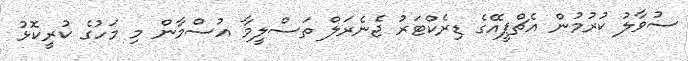
ސުވާލު ކުރުމުން އެޗްޕީއޭގެ ޑިރެކްޓަރު ޖެނެރަލް ތަސްލީމާ އުސްމާން މި މަހުގެ ކުރީކޮޅު